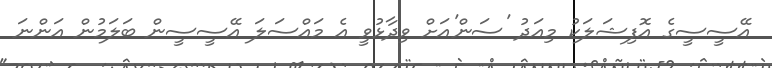
އޭސީސީގެ އޮފިޝަލަކު މިއަދު 'ސަން'އަށް ވިދާޅުވީ އެ މައްސަލަ އޭސީސީން ބަލަމުން އަންނަ